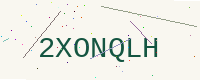
Text: 2XONQLH